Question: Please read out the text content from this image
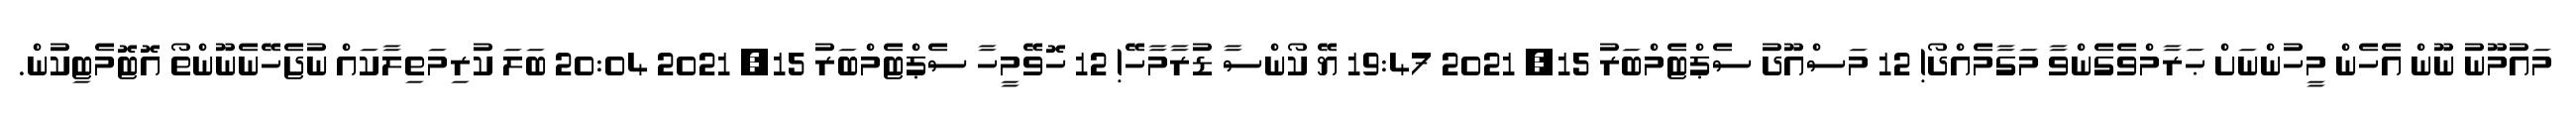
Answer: މައުމޫނު ނޫން އެހެން މީހުންނަށް ޙަރާމްވެގެންވާ މަގާމެއްދޯ! 12 މަސްއޫދު ސެޕްޓެމްބަރު 15, 2021 19:47 ޔޭ ކޯންސާ ޑުރާމާހޭ! 12 ހޮވޭމީހާ ސެޕްޓެމްބަރު 15, 2021 20:04 ބަލަ ކުރިމަތިލާކައް ނުޖެހޭނެނޫންތޯ އޮޓޮމެޓިކުން.